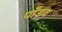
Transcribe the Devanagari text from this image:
पाँडव